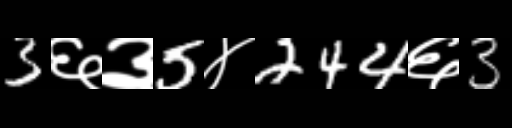
Text: 3६३5४244६3